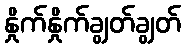
နှိုက်နှိုက်ချွတ်ချွတ်